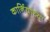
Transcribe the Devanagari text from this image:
कार्नियाच्या